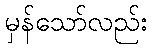
မှန်သော်လည်း